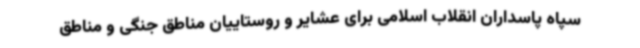
سپاه پاسداران انقلاب اسلامی برای عشایر و روستاییان مناطق جنگی و مناطق